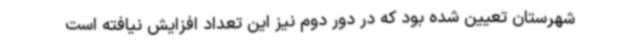
شهرستان تعیین شده بود که در دور دوم نیز این تعداد افزایش نیافته است